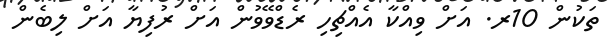
ތަކުން 10ރ. އަށް ވިއްކާ އެއްޗިހި ރެޑްވޭވުން އަށް ރުފިޔާ އަށް ލިބެން